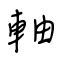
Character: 軸